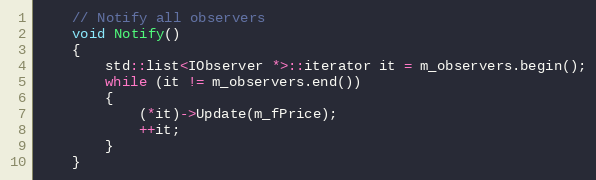
Language: C
    // Notify all observers
    void Notify()
    {
        std::list<IObserver *>::iterator it = m_observers.begin();
        while (it != m_observers.end())
        {
            (*it)->Update(m_fPrice);
            ++it;
        }
    }